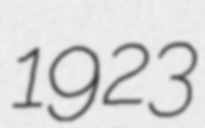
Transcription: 1923